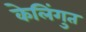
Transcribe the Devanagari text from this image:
केलिंगुत